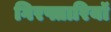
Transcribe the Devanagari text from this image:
गिरफ्तारियॉ